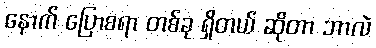
နောက် ပြောစရာ တစ်ခု ရှိတယ် ဆိုတာ ဘာလဲ